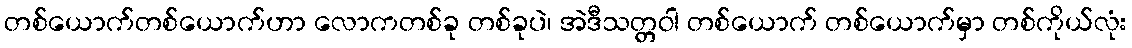
တစ်ယောက်တစ်ယောက်ဟာ လောကတစ်ခု တစ်ခုပဲ၊ အဲဒီသတ္တဝါ တစ်ယောက် တစ်ယောက်မှာ တစ်ကိုယ်လုံး